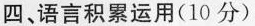
四、语言积累运用(10分)